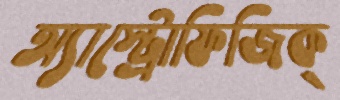
অ্যাস্ট্রোফিজিক্